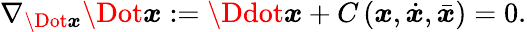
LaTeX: \nabla_{\Dot{\boldsymbol x}}\Dot{\boldsymbol{x}}:=\Ddot{\boldsymbol x}+C\left(\boldsymbol x,\dot{\boldsymbol x},\bar{\boldsymbol{x}}\right)=0.